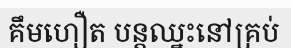
គឹមហឿត បន្តឈ្នះនៅគ្រប់